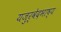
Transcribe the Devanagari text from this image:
यजुर्वेदभाष्य